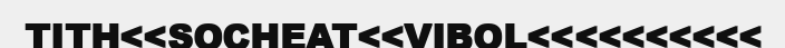
TITH<<SOCHEAT<<VIBOL<<<<<<<<<<